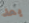
بعد